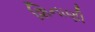
શિનાણી